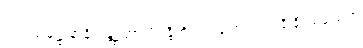
ဝါတသမုဋ္ဌာနာနိ ဂန္တဗ္ဗတ္တာ ပိဝန္တီတိ ဥပါသကကုလာနိ နိဿယေထ